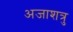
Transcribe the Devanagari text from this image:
अजाशत्रु